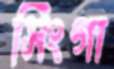
সিংগা